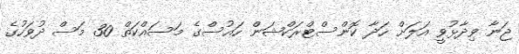
ޖަނާ ވިދާޅުވީ އަލަށް ހަދާ ކޮންސްޓްރަކްޝަން ހައުސްގެ މަސައްކަތް 30 މަސް ދުވަހުގެ